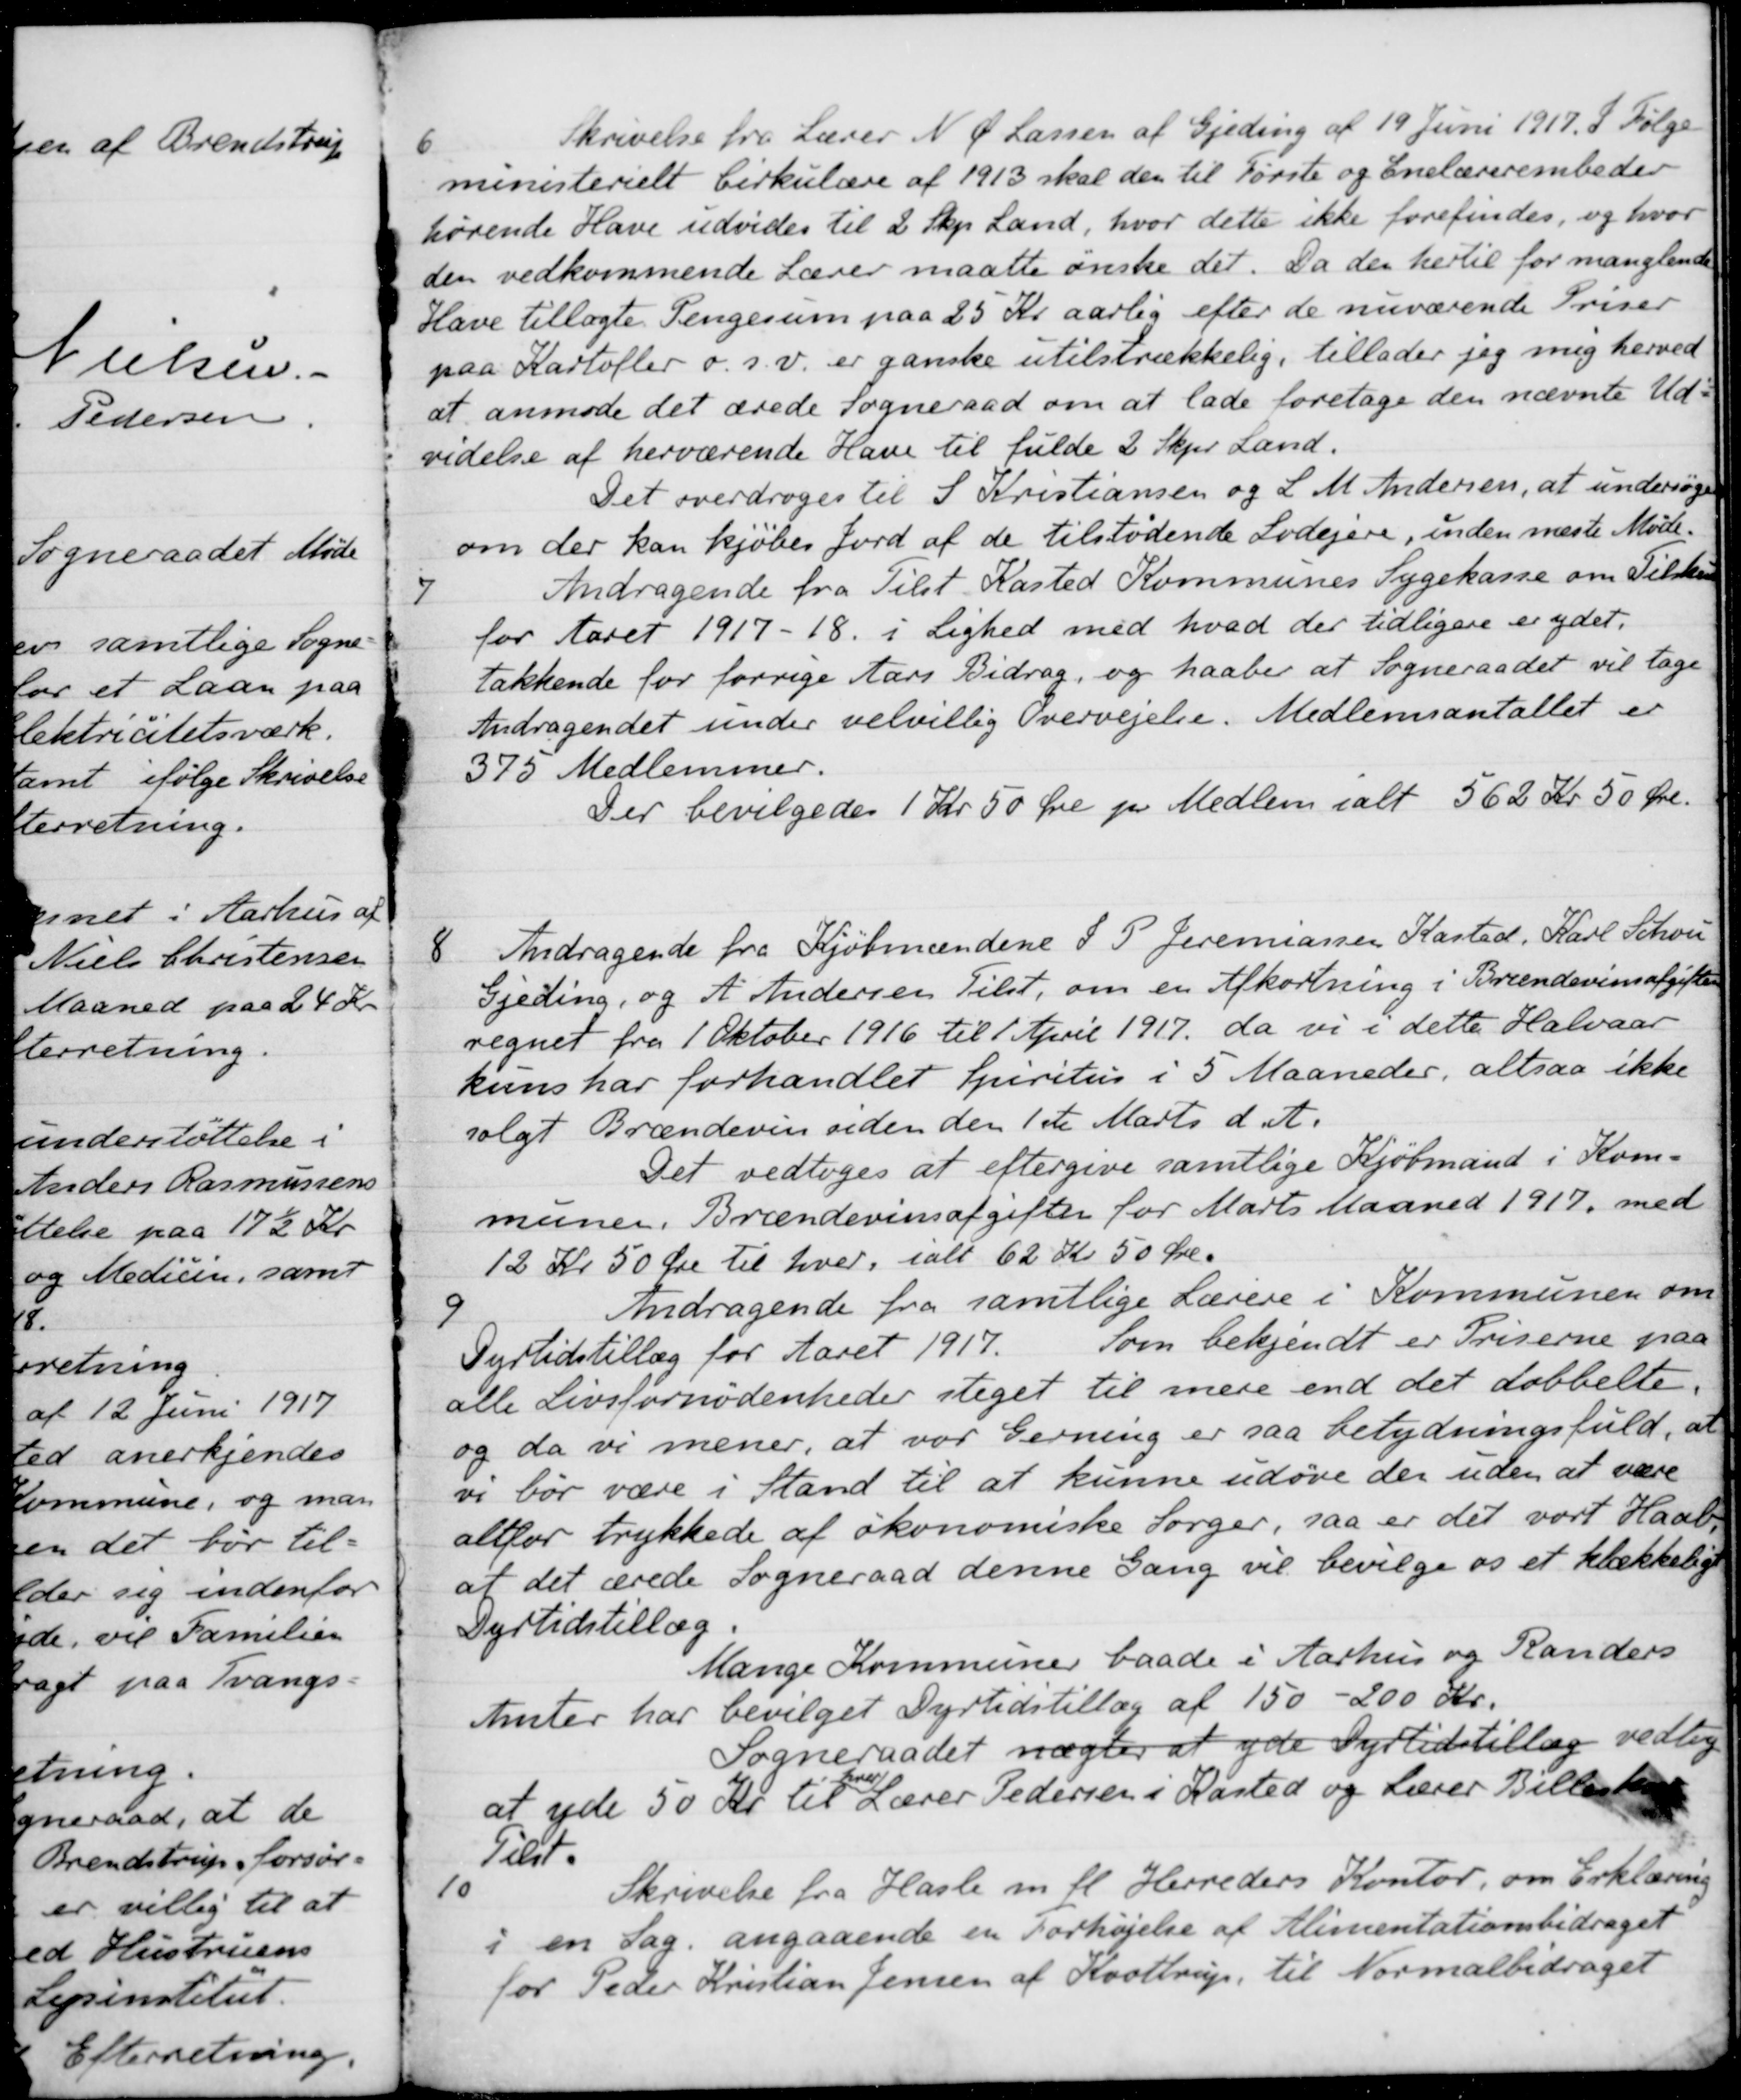
Transskription:
6
Skrivelse fra Lærer N Ø Lassen af Gjeding af 19 Juni 1917. I Følge
ministeriets Cirkulære af 1913 skal den til Første og Enelærerembeder
hørende Have udvides til 2 Skp. Land, hvor dette ikke forefindes, og hvor
den vedkommende Lærer maatte ønske det. Da den hertil for manglende
Have tillagte Pengesum paa 25 Kr aarlig efter de nuværende Priser
paa Kartofler o.s.v. er ganske utilstrækkelig, tillader jeg mig herved
at anmode det ærede Sogneraad om at lade foretage den nævnte Ud-
videlse af herværende Have til fulde 2 Skpr. Land.
Det overdroges til S. Kristiansen og L. M. Andersen, at undersøge
om der kan kjøbes Jord af de tilstødende Lodejere, inden næste Møde.
7
Andragende fra Tilst Kasted Kommunes Sygekasse om Tilskud
for Aaret 1917-18 i Lighed med hvad der tidligere er ydet,
takkende for forrige Aars Bidrag, og haaber at Sogneraadet vil tage
Andragendet under velvillig Overvejelse. Medlemsantallet er
375 Medlemmer.
Der bevilgedes 1 Kr 50 Øre pr Medlem i alt 562 Kr 50 Øre.
8
Andragende fra Kjøbmændene S. P. Jeremiassen Kasted, Karl Schou
Gjeding, og A. Andersen Tilst, om en Afkortning i Brændevinsafgifter
regnet fra 1 Oktober 1916 til 1 April 1917, da vi i dette Halvaar
kuns har forhandlet spiritus i 5 Maaneder, altsaa ikke
solgt Brændevin siden den 1ste Marts d. A.
Det vedtoges at eftergive samtlige Kjøbmand i Kom-
munen. Brændevinsafgifter for Marts Maaned 1917 med
12 Kr 50 Øre til hver, ialt 62 Kr 50 Øre.
9
Andragende fra samtlige Lærere i Kommunen om
Dyrtidstillæg for Aaret 1917.
Som bekjendt er Priserne paa
alle Livsfornødenheder steget til mere end det dobbelte.
og da vi mener, at var Gerning er saa betydningsfuld, at
vi bør være i Stand til at kunne udøve den uden at være
altfor trykkede af økonomiske Sorger, saa er det vort Haab
at det ærede Sogneraad denne Gang vil bevilge os et klækkeligt
Dyrtidstillæg.
Mange Kommuner baade i Aarhus og Randers
Amter har bevilget Dyrtidstillæg af 150 - 200 Kr.
Sogneraadet nægter at yde Dyrtidstillæg vedtog
at yde 50 Kr. til
hver
Lærer Pedersen i Kasted og Lærer Billeskov
Tilst
10
Skrivelse fra Hasle m. fl. Herreders Kontor, om Erklæring
i en Sag. angaaende en Forhøjelse af Alimentationsbidraget
for Peder Kristian Jensen af Koottrup, til Normalbidraget